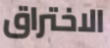
الاختراق